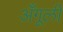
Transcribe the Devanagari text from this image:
अँगूली